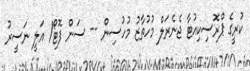
ކުރީގެ ޕްރޮސިކިއުޓާ ޖެނެރަލް މުހުތާޒު މުހުސިން -- ސަން ފޮޓޯ/ އަލީ ނަސީރު